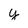
Character: y